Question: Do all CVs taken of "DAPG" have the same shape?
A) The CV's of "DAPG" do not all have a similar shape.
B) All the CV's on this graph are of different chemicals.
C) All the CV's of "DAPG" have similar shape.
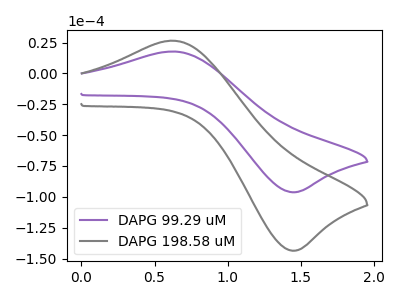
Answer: <think>The purple curve "DAPG 99.29 uM" has an anodic peak at (0.65V, 17.70uA) and a cathodic peak at (1.45V, -96.25uA). The gray curve "DAPG 198.58 uM" has an anodic peak at (0.65V, 26.45uA) and a cathodic peak at (1.45V, -143.60uA).
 All the peaks in "DAPG 99.29 uM" have a peak in "DAPG 198.58 uM" at the same potential. Every peak in "DAPG 99.29 uM" is lower than every peak in "DAPG 198.58 uM".</think>
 <answer>C) All the CV's of "DAPG" have similar shape.</answer>
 <eval>C</eval>